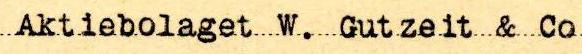
Aktiebolaget W. Gutzeit & Co